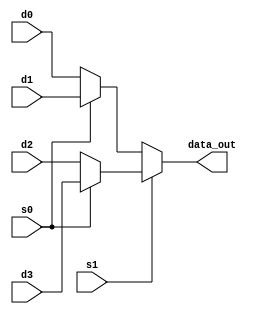
module MUX4_2 (
    input wire s1,
    input wire s0,
    input wire [15:0] d3,
    input wire [15:0] d2,
    input wire [15:0] d1,
    input wire [15:0] d0,
    output wire [15:0] data_out
);
    reg [15:0]tmp;
    always @(*) begin
        if (s1 == 1'b1)begin
            if (s0 == 1'b1) tmp <= d3;
            else tmp <= d2;
        end
        else begin
            if (s0 == 1'b1) tmp <= d1;
            else tmp <= d0;
        end
    end


    assign data_out = tmp;
endmodule